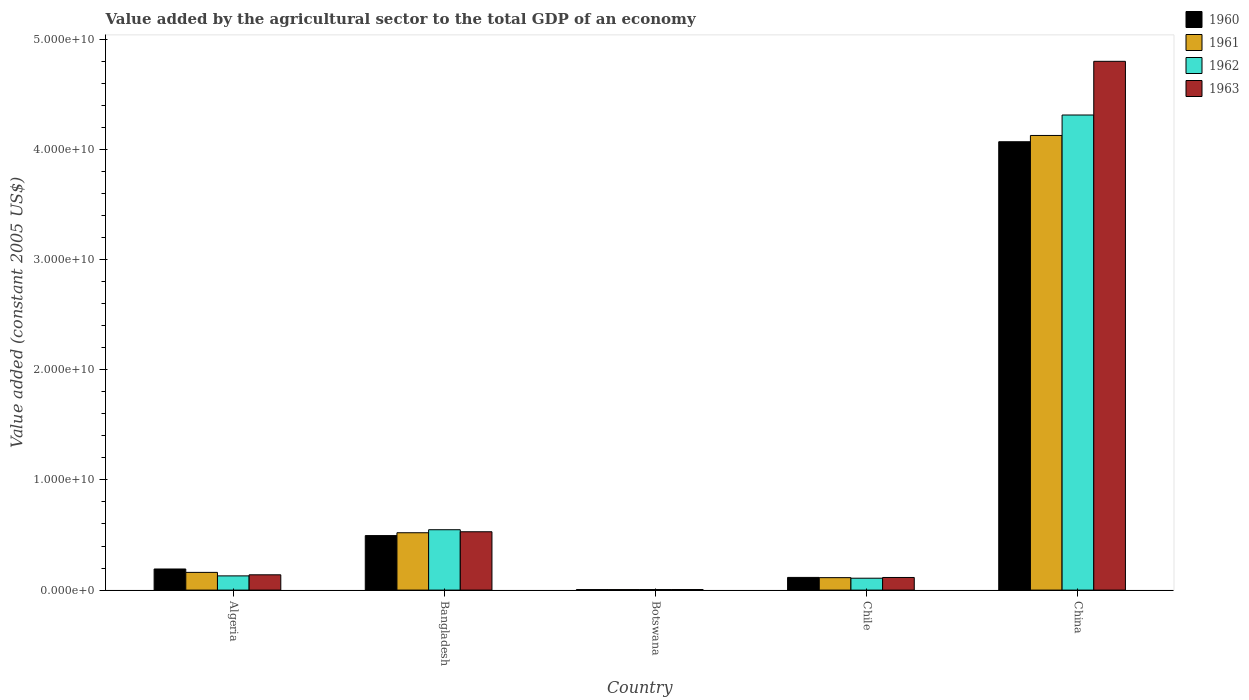
| Country | 1960 | 1961 | 1962 | 1963 |
 | --- | --- | --- | --- | --- |
 | Algeria | 1.92e+09 | 1.61e+09 | 1.29e+09 | 1.39e+09 |
 | Bangladesh | 4.95e+09 | 5.21e+09 | 5.48e+09 | 5.3e+09 |
 | Botswana | 4.74e+07 | 4.86e+07 | 5.04e+07 | 5.21e+07 |
 | Chile | 1.15e+09 | 1.13e+09 | 1.08e+09 | 1.15e+09 |
 | China | 4.07e+10 | 4.13e+10 | 4.31e+10 | 4.8e+10 |